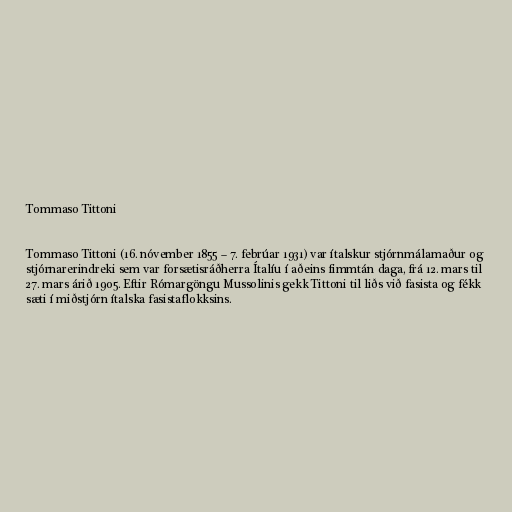
Tommaso Tittoni

Tommaso Tittoni (16. nóvember 1855 – 7. febrúar 1931) var ítalskur stjórnmálamaður og
stjórnarerindreki sem var forsætisráðherra Ítalíu í aðeins fimmtán daga, frá 12. mars til
27. mars árið 1905. Eftir Rómargöngu Mussolinis gekk Tittoni til liðs við fasista og fékk
sæti í miðstjórn ítalska fasistaflokksins.